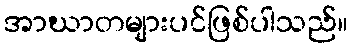
အာဃာတများပင်ဖြစ်ပါသည်။